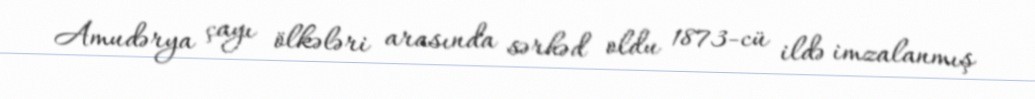
Amudərya çayı ölkələri arasında sərhəd oldu 1873-cü ildə imzalanmış